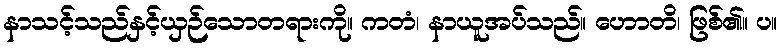
နာသင့်သည်နှင့်ယှဉ်သောတရားကို။ ကတံ၊ နာယူအပ်သည်။ ဟောတိ၊ ဖြစ်၏။ ပ။